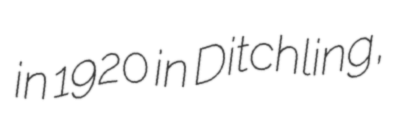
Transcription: in 1920 in Ditchling,